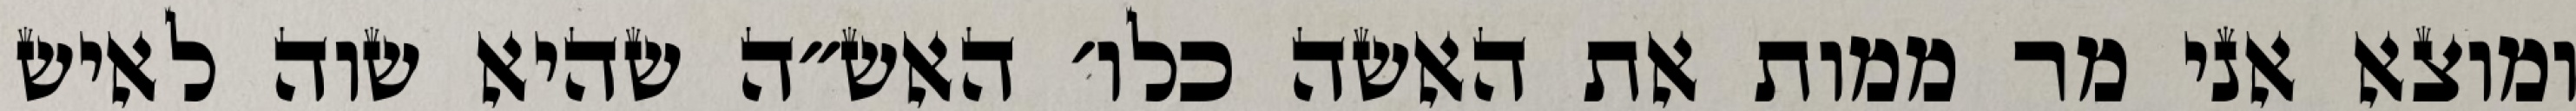
ומוצא אני מר ממות את האשה כלו׳ האש״ה שהיא שוה לאיש